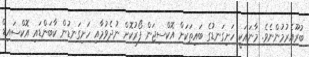
ބުރޫއެރުމުންނެވެ. މާނައަކީ ހަށިގަނޑުގެ ބައިތަކަށް އޮކްސިޖަން ފޯރުކޮށް ނުދެވުމާއި ހަށިގަނޑުން ކާބަންޑައި އޮކްސައިޑް